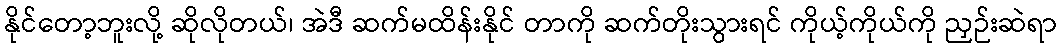
နိုင်တော့ဘူးလို့ ဆိုလိုတယ်၊ အဲဒီ ဆက်မထိန်းနိုင် တာကို ဆက်တိုးသွားရင် ကိုယ့်ကိုယ်ကို ညှဉ်းဆဲရာ